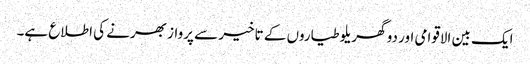
ایک بین الاقوامی اور دو گھریلو طیاروں کے تاخیر سے پرواز بھرنے کی اطلاع ہے۔